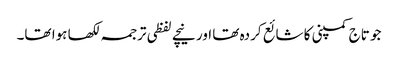
جو تاج کمپنی کا شائع کردہ تھا اور نیچے لفظی ترجمہ لکھا ہوا تھا۔